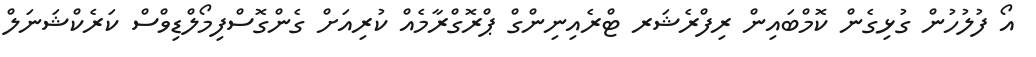
އޯ ފުލުހުން ގުޅިގެން ކޮމްބައިން ރިފްރެޝަރ ޓްރެއިނިންގް ޕްރޮގްރާމެއް ކުރިއަށް ގެންގޮސްފިމޯލްޑިވްސް ކަރެކްޝަނަލް